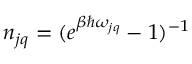
n _ { j q } = ( e ^ { \beta \hbar \omega _ { j q } } - 1 ) ^ { - 1 }